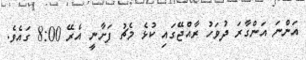
އަންނަ އަންގާރަ ދުވަހު ރާއްޖޭގައި ކުޅެ މެޗު ފަށާނީ އެރޭ 8:00 ގައެވެ.